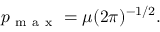
p _ { \mathrm { ~ m ~ a ~ x ~ } } = \mu ( 2 \pi ) ^ { - 1 / 2 } .